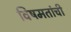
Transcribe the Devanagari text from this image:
विषमतांची